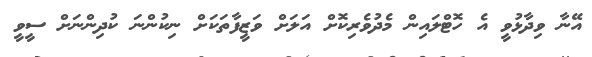
އޭނާ ވިދާޅުވީ އެ ހޮޓްލައިން މެދުވެރިކޮށް އަލަށް ވަޒީފާތަކަށް ނިކުންނަ ކުދިންނަށް ސީވީ